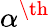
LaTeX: \alpha^{\th}